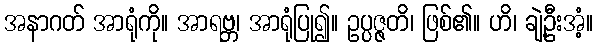
အနာဂတ် အာရုံကို။ အာရဗ္ဘ၊ အာရုံပြု၍။ ဥပ္ပဇ္ဇတိ၊ ဖြစ်၏။ ဟိ၊ ချဲ့ဦးအံ့။